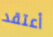
أعتقد